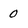
Character: 0